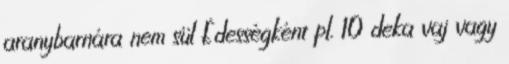
aranybarnára nem sül Édességként pl. 10 deka vaj vagy